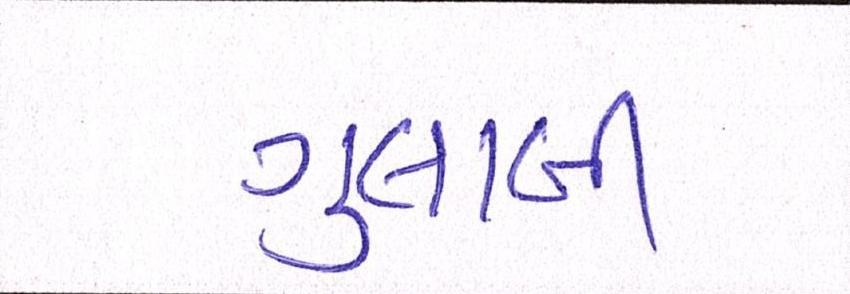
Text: ગુલાબી